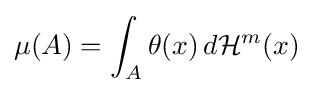
\mu (A)=\int _{A}\theta (x)\,d{\mathcal {H}}^{m}(x)